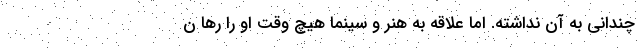
چندانی به آن نداشته. اما علاقه به هنر و سینما هیچ وقت او را رها ن